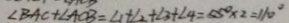
\angle B A C + \angle A C B = \angle 1 + \angle 2 + \angle 3 + \angle 4 = 5 5 ^ { \circ } \times 2 = 1 1 0 ^ { \circ }